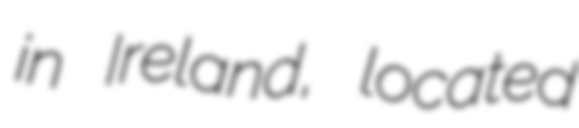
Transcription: in Ireland, located